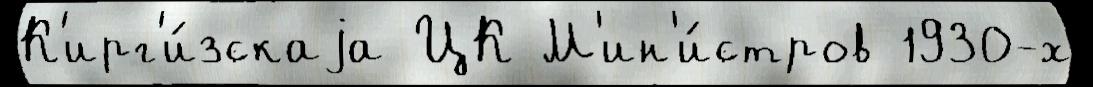
К'ирг'и́зскаjа ЦК М'ин'и́стров 1930-х